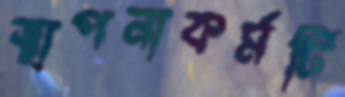
স্থাপনাকর্মটি